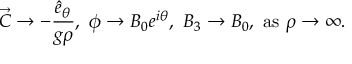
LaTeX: \vec { C } \rightarrow - { \frac { \hat { e } _ { \theta } } { g \rho } } , ~ \phi \rightarrow B _ { 0 } e ^ { i \theta } , ~ B _ { 3 } \rightarrow B _ { 0 } , ~ \mathrm { a s } ~ \rho \rightarrow \infty .